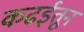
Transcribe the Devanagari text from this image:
कढईतून